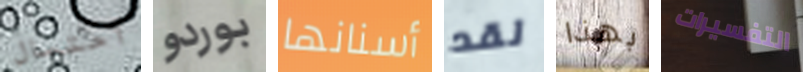
أحتمال بوردو أسنانها لقد بهذا التفسيرات